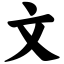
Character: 文